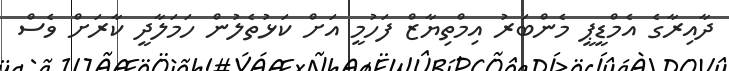
ދާއިރާގެ އެމްޑީޕީ މެންބަރު އިމްތިޔާޒް ފަހުމީ އަށް ކަޅުތެލުން ހަމަލާދީ ކާރަށް ވެސް